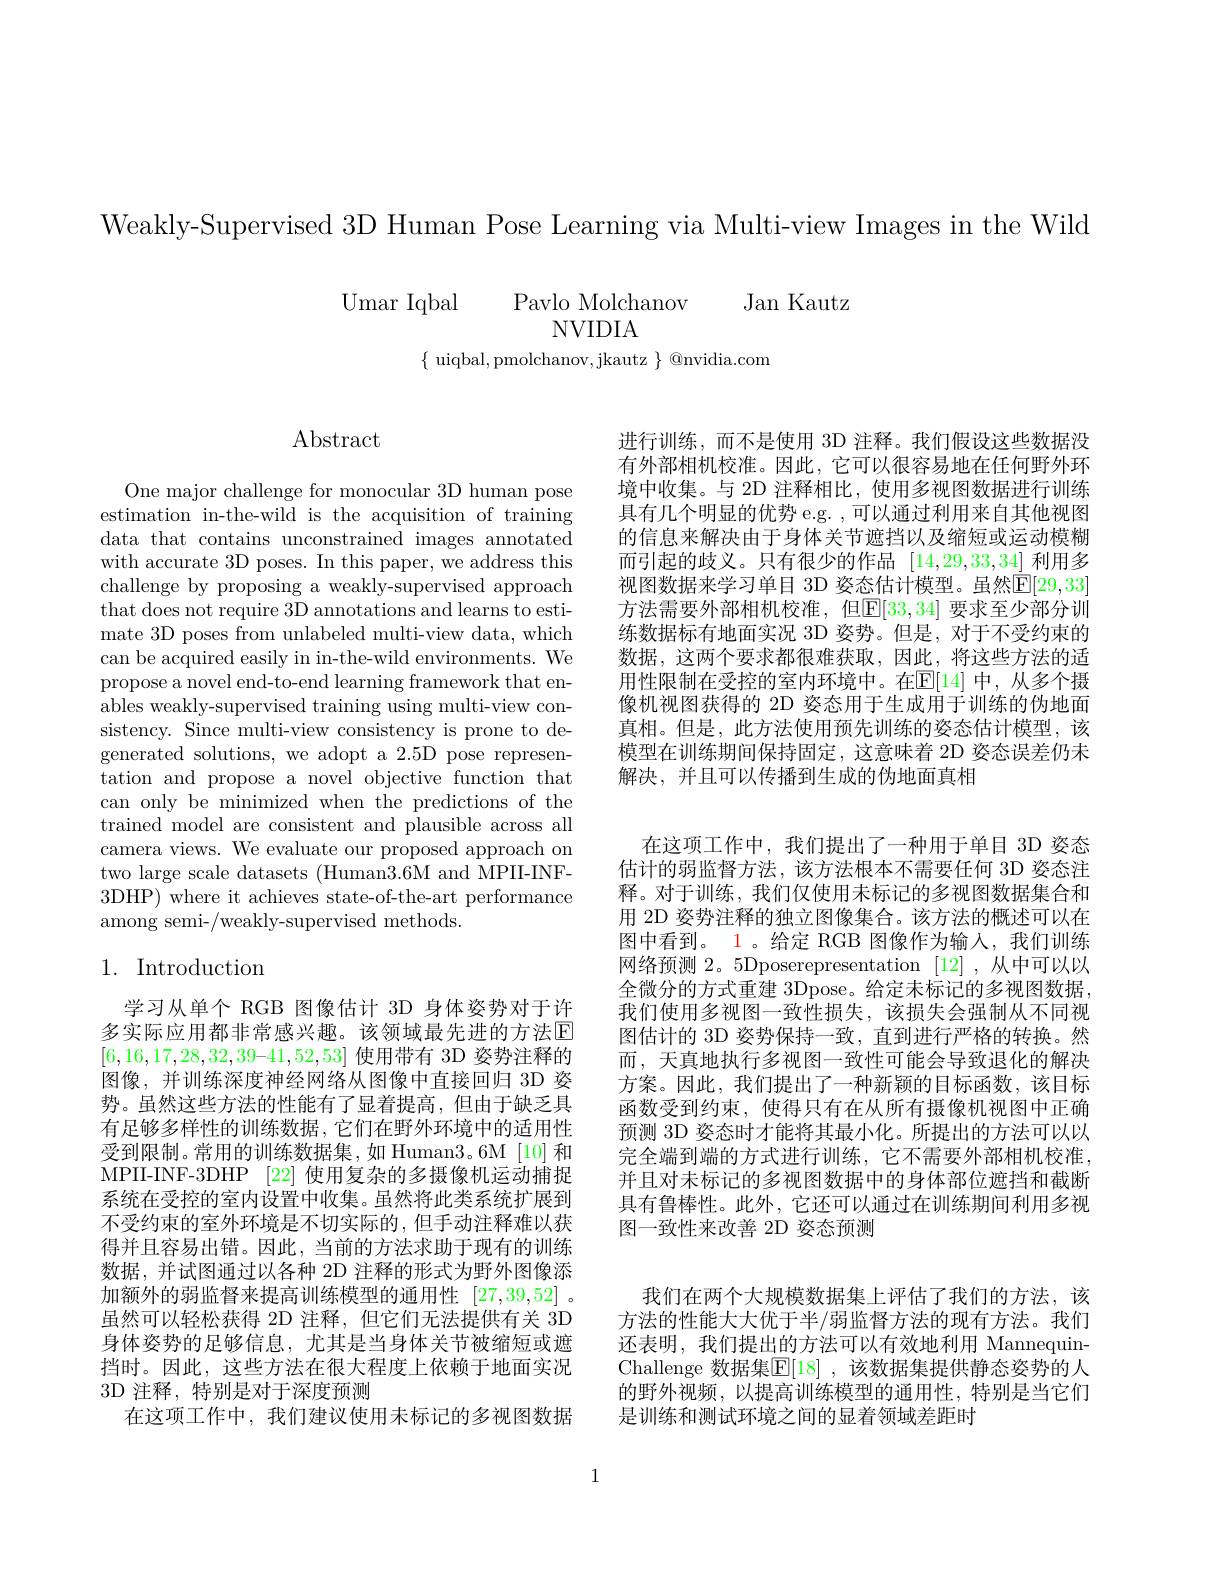
Weakly-Supervised 3D Human Pose Learning via Multi-view Images in the Wild

Umar Iqbal
Pavlo Molchanov
Jan Kautz
NVIDIA
$\{$ uiqbal, pmolchanov,jkautz $\}$ @nvidia.com

## $\operatorname{Abstract}$

One major challenge for monocular 3D human pose estimation in-the-wild is the acquisition of training data that contains unconstrained images annotated with accurate 3D poses. In this paper, we address this challenge by proposing a weakly-supervised approach that does not require 3D annotations and learns to estimate 3D poses from unlabeled multi-view data, which can be acquired easily in in-the-wild environments. We propose a novel end-to-end learning framework that enables weakly-supervised training using multi-view consistency. Since multi-view consistency is prone to degenerated solutions, we adopt a 2.5D pose representation and propose a novel objective function that can only be minimized when the predictions of the trained model are consistent and plausible across all camera views. We evaluate our proposed approach on two large scale datasets (Human3.6M and MPII-INF- 3DHP) where it achieves state-of-the-art performance among semi-/weakly-supervised methods.

# 1. Introduction

学习从单个 RGB 图像估计 3D 身体姿势对于许多实际应用都非常感兴趣。该领域最先进的方法$\mathbb{E}$ $[6,16,17,28,32,39–41,52,53]$使用带有 3D 姿势注释的图像，并训练深度神经网络从图像中直接回归 3D 姿势。虽然这些方法的性能有了显着提高，但由于缺乏具有足够多样性的训练数据，它们在野外环境中的适用性受到限制。常用的训练数据集，如 Human3。6M [10] 和MPII-INF-3DHP [22] 使用复杂的多摄像机运动捕捉系统在受控的室内设置中收集。虽然将此类系统扩展到不受约束的室外环境是不切实际的，但手动注释难以获得并且容易出错。因此，当前的方法求助于现有的训练数据，并试图通过以各种 2D 注释的形式为野外图像添加额外的弱监督来提高训练模型的通用性[27,39,52] 。虽然可以轻松获得 2D 注释，但它们无法提供有关$\dot{3\text{D}}$ 身体姿势的足够信息，尤其是当身体关节被缩短或遮挡时。因此，这些方法在很大程度上依赖于地面实况3D 注释，特别是对于深度预测
在这项工作中，我们建议使用未标记的多视图数据

进行训练，而不是使用 3D 注释。我们假设这些数据没有外部相机校准。因此，它可以很容易地在任何野外环境中收集。与 2D 注释相比，使用多视图数据进行训练具有几个明显的优势 e.g. , 可以通过利用来自其他视图的信息来解决由于身体关节遮挡以及缩短或运动模糊而引起的歧义。只有很少的作品[14,29,33,34]利用多视图数据来学习单目 3D 姿态估计模型。虽然$\mathbb{E}[29,33]$ 方法需要外部相机校准，但$\mathbb{E}[33,34]$ 要求至少部分训练数据标有地面实况 3D 姿势。但是，对于不受约束的数据，这两个要求都很难获取，因此，将这些方法的适用性限制在受控的室内环境中。在$\mathbb{E}[14]$ 中，从多个摄像机视图获得的 2D 姿态用于生成用于训练的伪地面真相。但是，此方法使用预先训练的姿态估计模型，该模型在训练期间保持固定，这意味着 2D 姿态误差仍未解决，并且可以传播到生成的伪地面真相

在这项工作中，我们提出了一种用于单目 3D 姿态估计的弱监督方法，该方法根本不需要任何 3D 姿态注释。对于训练，我们仅使用未标记的多视图数据集合和用 2D 姿势注释的独立图像集合。该方法的概述可以在图中看到。1。给定 RGB 图像作为输入，我们训练网络预测 2。5Dposerepresentation [12] ,从中可以以全微分的方式重建 3Dpose。给定未标记的多视图数据， 我们使用多视图一致性损失，该损失会强制从不同视图估计的 3D 姿势保持一致，直到进行严格的转换。然而，天真地执行多视图一致性可能会导致退化的解决方案。因此，我们提出了一种新颖的目标函数，该目标函数受到约束，使得只有在从所有摄像机视图中正确预测 3D 姿态时才能将其最小化。所提出的方法可以以完全端到端的方式进行训练，它不需要外部相机校准， 并且对未标记的多视图数据中的身体部位遮挡和截断具有鲁棒性。此外，它还可以通过在训练期间利用多视图一致性来改善 2D 姿态预测

我们在两个大规模数据集上评估了我们的方法，该方法的性能大大优于半/弱监督方法的现有方法。我们还表明，我们提出的方法可以有效地利用 MannequinChallenge 数据集$\overline{\mathbb{E}}[18]$ ,该数据集提供静态姿势的人的野外视频，以提高训练模型的通用性，特别是当它们是训练和测试环境之间的显着领域差距时

1